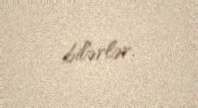
bilərlər.